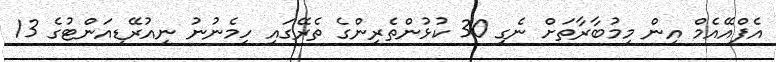
އެފްއޭއެމް އިން މިމުބާރާތަށް ނެގި 30 ކުޅުންތެރިންގެ ތެރޭގައި ހިމެނުނު ނިއުރޭޑިއަންޓުގެ 13